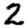
Digit: 2